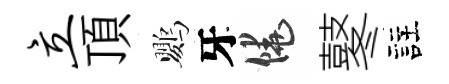
立頂鸚牙饒鼕註